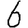
Digit: 6